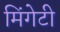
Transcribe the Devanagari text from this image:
मिंगेटी